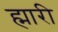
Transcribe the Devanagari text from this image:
ह्मारी